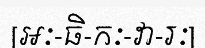
[អៈ-ធិ-កៈ-វា-រៈ]